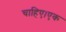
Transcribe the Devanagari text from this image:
चाहिए।एक